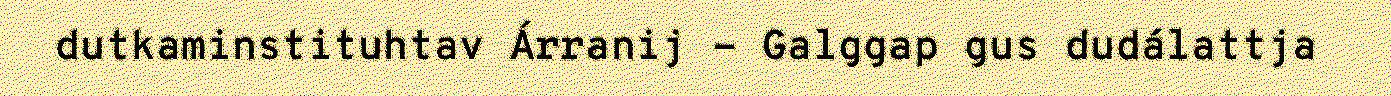
dutkaminstituhtav Árranij - Galggap gus dudálattja